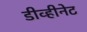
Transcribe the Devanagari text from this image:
डीव्हीनेट